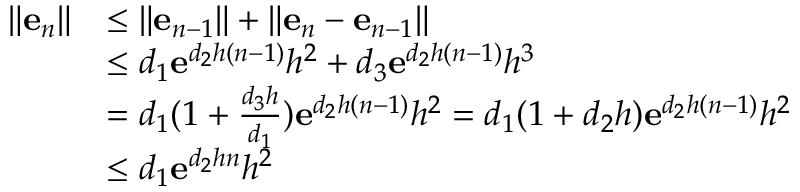
\begin{array} { r l } { \| \mathbf { e } _ { n } \| } & { \leq \| \mathbf { e } _ { n - 1 } \| + \| \mathbf { e } _ { n } - \mathbf { e } _ { n - 1 } \| } \\ & { \leq d _ { 1 } \mathbf { e } ^ { d _ { 2 } h ( n - 1 ) } h ^ { 2 } + d _ { 3 } \mathbf { e } ^ { d _ { 2 } h ( n - 1 ) } h ^ { 3 } } \\ & { = d _ { 1 } ( 1 + \frac { d _ { 3 } h } { d _ { 1 } } ) \mathbf { e } ^ { d _ { 2 } h ( n - 1 ) } h ^ { 2 } = d _ { 1 } ( 1 + d _ { 2 } h ) \mathbf { e } ^ { d _ { 2 } h ( n - 1 ) } h ^ { 2 } } \\ & { \leq d _ { 1 } \mathbf { e } ^ { d _ { 2 } h n } h ^ { 2 } } \end{array}